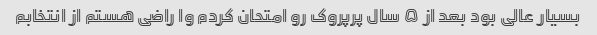
بسیار عالی بود بعد از ۵ سال پرپروک رو امتحان کردم وا راضی هستم از انتخابم